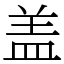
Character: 盖